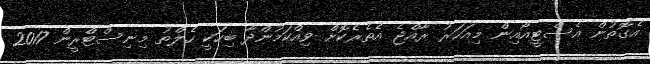
އެގޮތުން އެސްޓީއޯއިން މިއަހަރު ރާއްޖެ އެތެރެކޮށް ވިއްކަމުންދާ ބިހަކީ ހެލްތު މިނިސްޓްރީން 2017